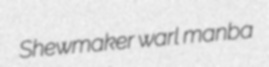
Shewmaker warl manba